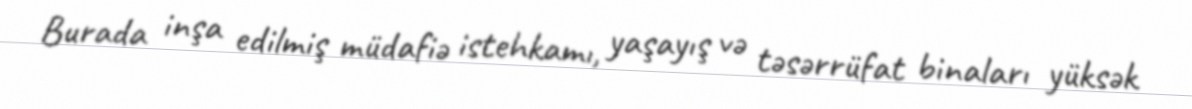
Burada inşa edilmiş müdafiə istehkamı, yaşayış və təsərrüfat binaları yüksək